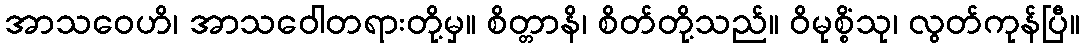
အာသဝေဟိ၊ အာသဝေါတရားတို့မှ။ စိတ္တာနိ၊ စိတ်တို့သည်။ ဝိမုစ္စိံသု၊ လွတ်ကုန်ပြီ။